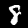
Digit: 8